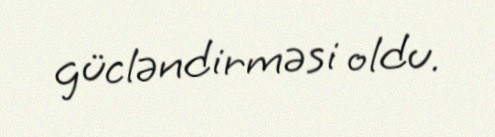
gücləndirməsi oldu.